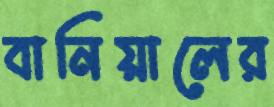
বানিয়ালের